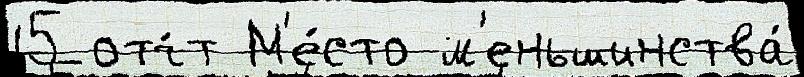
15 отч́т М'е́сто м'еньшинства́